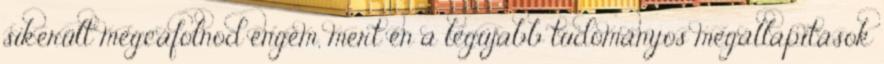
sikerült megcáfolnod engem, mert én a legújabb tudományos megállapítások